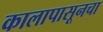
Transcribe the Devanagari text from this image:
कालापासूनचा